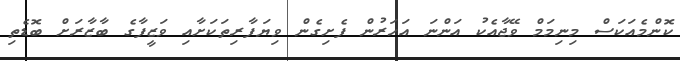
ކޮންމެއަކަސް މިނިމަމް ވޭޖާއެކު އަންނަ އަހަރުން ފެށިގެން ވިޔަފާރިތަކަށާއި ވަޒީފާގެ ބާޒާރަށް ބޮޑެތި